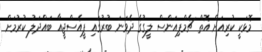
މޮޅަކީ ކުރިއަށް އޮތް ޗެމްޕިއަންސް ލީގުގެ ދެވަނަ ބުރުގައި ޕީއެސްޖީއާ ބައްދަލު ކުރުމަށް